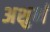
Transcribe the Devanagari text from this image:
अशुर्भ